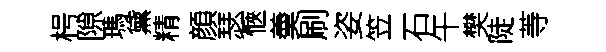
枵隙瑪黛精顔瑟愜羮刷姿笠石午樊陡䓁